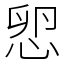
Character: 㤻